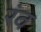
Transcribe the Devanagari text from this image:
रंव